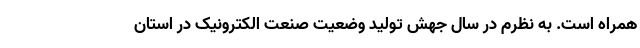
همراه است. به نظرم در سال جهش تولید وضعیت صنعت الکترونیک در استان